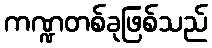
ကဏ္ဍတစ်ခုဖြစ်သည်